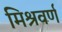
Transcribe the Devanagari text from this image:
मिश्रवर्ण